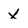
Character: x